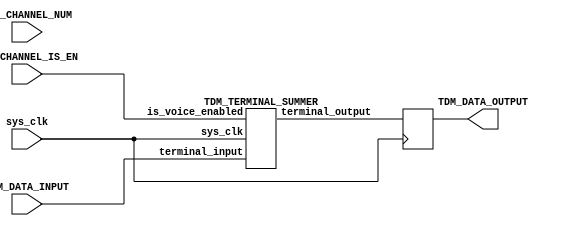
/*
    The TDM Pipeline is a serial processing pipeline
    to maximize the hardware utilization on the limited
    resources provided by the iCE40-UP5k.

    By multiplexing with time and ensuring processing
    operations take a single cycle (sans terminal 
    summation and normalization), we can use the same
    hardware with no switching to process all data, at the
    cost of reducing throughput by our number of voices.
*/



module TDM_PIPELINE
#(
    parameter D_W = 16,
    parameter ADDR_W = 8,
    parameter BYTE_W = 8,
    parameter NUM_VOICES = 4,
    parameter VOICE_BITS = 2
)
(
    input sys_clk,

    input [(VOICE_BITS - 1):0]TDM_CHANNEL_NUM,
    input [(D_W - 1):0]TDM_DATA_INPUT,
    input TDM_CHANNEL_IS_EN,

    output reg [(D_W - 1):0]TDM_DATA_OUTPUT
    //output [(D_W - 1):0]TDM_DATA_SUMMED
);


/*
    // Pre pipeline processing to remove invalid samples
    wire [(D_W - 1):0]CLEANED_TDM_STREAM;
    wire CLEANED_TDM_ENABLE;
    wire [(VOICE_BITS - 1):0]CLEANED_TDM_CHANNEL;
    insert_zero_sample disabled_channel_data_rejection
    (
        .sys_clk(sys_clk),
        .sample_din(BUFFDAT0),
        .is_chan_enabled(BUFFEN0),
        .vin(BUFFCHANNUM0),
        .sample_dout(CLEANED_TDM_STREAM),
        .sample_enabled(CLEANED_TDM_ENABLE),
        .vout(CLEANED_TDM_CHANNEL)
    );
*/

    /////////////////////////////////////////////////////
    //              END OF PIPELINE SUMMATION
    //                  AND NORMALIZATION
    /////////////////////////////////////////////////////
    wire [(D_W - 1):0]TDM_DATA_SUMMED;
    TDM_TERMINAL_SUMMER END_OF_THE_LINE
    (
        .sys_clk(sys_clk),
        .terminal_input(TDM_DATA_INPUT),      // D_W
        .is_voice_enabled(TDM_CHANNEL_IS_EN),

        .terminal_output(TDM_DATA_SUMMED)
    );

    /////////////////////////////////////////////////////
    initial begin
        TDM_DATA_OUTPUT = {D_W{1'b0}};
    end

    always @ (posedge sys_clk) begin
        TDM_DATA_OUTPUT <= TDM_DATA_SUMMED;
    end
endmodule


////////////////////////////////////////////////////////////
////////////////////////////////////////////////////////////
////////////////////////////////////////////////////////////
////////////////////////////////////////////////////////////
//              MODULES IN PIPELINE
////////////////////////////////////////////////////////////

module TDM_TERMINAL_SUMMER
#(
    parameter D_W = 16,
    parameter NUM_VOICES = 4,
    parameter VOICE_BITS = 2
)
(
    input sys_clk,
    input [(D_W - 1):0]terminal_input,
    input is_voice_enabled,
    output reg [(D_W - 1):0]terminal_output
);

    reg [(D_W + 3):0] accum_20_bit;

    reg [(VOICE_BITS - 1):0]clk_ctr;

    initial begin
        terminal_output     = {D_W{1'b0}};
        accum_20_bit        = {(D_W + 4){1'b0}};
        
        clk_ctr         = {VOICE_BITS{1'b0}};
    end

/*
    Div / 1:
        out = in
    
    Div / 2:
        out = in >> 1
    
    Div / 3:
        out = ((in >> 1) + (in >> 6)) - ((in >> 3) + (in >> 4))

    Div / 4:
        out = in >> 2
*/

    always @ (posedge sys_clk) begin
        clk_ctr <= clk_ctr + 1;

        case (clk_ctr)
            0: begin
                accum_20_bit <= terminal_input;
                terminal_output <= accum_20_bit[17:2];
            end
            1: accum_20_bit <= accum_20_bit + terminal_input;
            2: accum_20_bit <= accum_20_bit + terminal_input;
            3: accum_20_bit <= accum_20_bit + terminal_input;
        endcase

    end
endmodule



module insert_zero_sample
#(
    parameter D_W = 16,
    parameter VOICE_BITS = 2
)
(
    input sys_clk,
    input [(D_W - 1):0]sample_din,
    input [(VOICE_BITS - 1):0]vin,
    input is_chan_enabled,

    output reg [(D_W - 1):0]sample_dout,
    output reg sample_enabled,
    output reg [(VOICE_BITS - 1):0]vout
);

    reg [(D_W - 1):0]t_zero;

    initial begin
        t_zero = {D_W{1'b0}};
        sample_dout = {D_W {1'b0}};
        sample_enabled = 1'b0;
        vout = {VOICE_BITS{1'b0}};
    end


    always @ (posedge sys_clk) begin
        if(is_chan_enabled) sample_dout <= sample_din;
        else sample_dout <= t_zero;

        sample_enabled <= is_chan_enabled;
        vout <= vin;
    end
endmodule





module full_TDM_pipe_register
#(
    parameter D_W = 16,
    parameter VOICE_BITS = 2
)
(
    input sys_clk,

    input en_i,
    input [(VOICE_BITS - 1):0]vin,
    input [(D_W - 1):0]din,

    output reg [(D_W - 1):0]dout,
    output reg [(VOICE_BITS - 1):0]vout,
    output reg en_o
);



    initial begin
        dout = {D_W {1'b0}};
        vout = {VOICE_BITS{1'b0}};
        en_o = 1'b0;
    end

    always @ (posedge sys_clk) begin
        dout <= din;
        vout <= vin;
        en_o <= en_i;
    end

endmodule